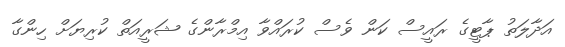
އަދާލަތު ޕާޓީގެ ރައީސް ކަން ވެސް ކުރައްވާ އިމްރާންގެ ޝަރީއަތް ކުރިޔަށް ހިންގާ